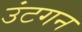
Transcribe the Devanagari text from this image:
उंटगन